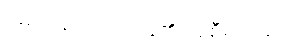
မေလ 20 ရက်နေ့၏ အစီရင်ခံစာ။